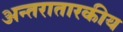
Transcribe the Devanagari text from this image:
अन्तरातारकीय